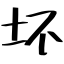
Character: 坏